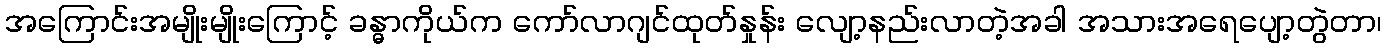
အကြောင်းအမျိုးမျိုးကြောင့် ခန္ဓာကိုယ်က ကော်လာဂျင်ထုတ်နှုန်း လျော့နည်းလာတဲ့အခါ အသားအရေပျော့တွဲတာ၊